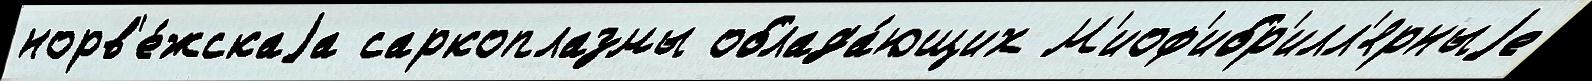
норв'е́жскаjа саркоплазмы облада́ющих М'иоф'ибр'илл'ярныjе